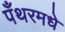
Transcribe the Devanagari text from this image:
पँथरमधे